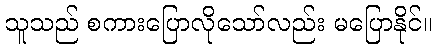
သူသည် စကားပြောလိုသော်လည်း မပြောနိုင်။